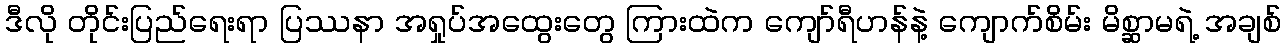
ဒီလို တိုင်းပြည်ရေးရာ ပြဿနာ အရှုပ်အထွေးတွေ ကြားထဲက ကျော်ရီဟန်နဲ့ ကျောက်စိမ်း မိစ္ဆာမရဲ့ အချစ်